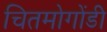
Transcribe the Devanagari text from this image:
चितमोगोंडी